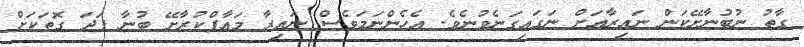
ގާތު ނުބުނާށޭކަން ނައިރާއަށް ނަގައިގަނެވުނެވެ. އެހެންނަމަވެސް ނައިރާ މަޢާފްކުރާށޭ ބުނާ ފަދަ ގޮތަކަށް